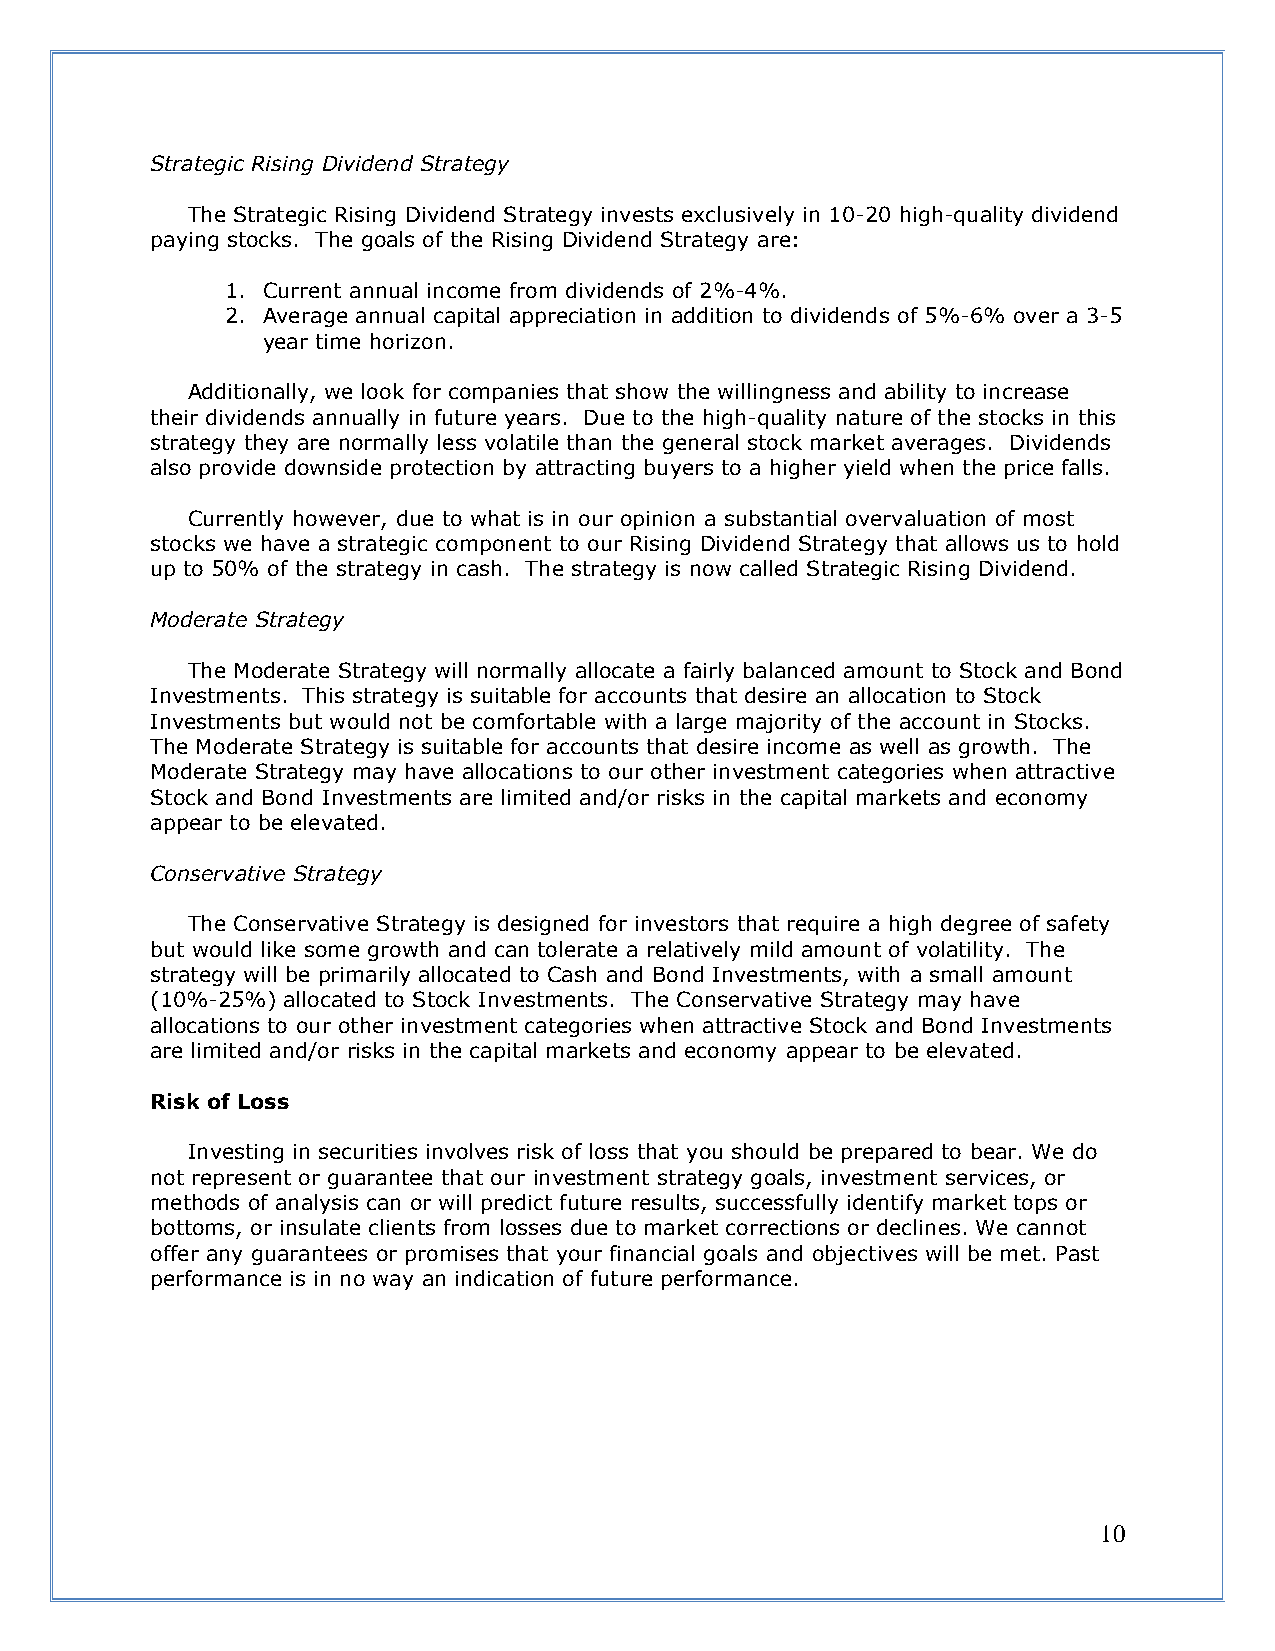
Strategic Rising Dividend Strategy
 The Strategic Rising Dividend Strategy invests exclusively in 10-20 high-quality dividend
 paying stocks. The goals of the Rising Dividend Strategy are:
 1. Current annual income from dividends of 2%-4%.
 2. Average annual capital appreciation in addition to dividends of 5%-6% over a 3-5
 year time horizon.
 Additionally, we look for companies that show the willingness and ability to increase
 their dividends annually in future years. Due to the high-quality nature of the stocks in this
 strategy they are normally less volatile than the general stock market averages. Dividends
 also provide downside protection by attracting buyers to a higher yield when the price falls.
 Currently however, due to what is in our opinion a substantial overvaluation of most
 stocks we have a strategic component to our Rising Dividend Strategy that allows us to hold
 up to 50% of the strategy in cash. The strategy is now called Strategic Rising Dividend.
 Moderate Strategy
 The Moderate Strategy will normally allocate a fairly balanced amount to Stock and Bond
 Investments. This strategy is suitable for accounts that desire an allocation to Stock
 Investments but would not be comfortable with a large majority of the account in Stocks.
 The Moderate Strategy is suitable for accounts that desire income as well as growth. The
 Moderate Strategy may have allocations to our other investment categories when attractive
 Stock and Bond Investments are limited and/or risks in the capital markets and economy
 appear to be elevated.
 Conservative Strategy
 The Conservative Strategy is designed for investors that require a high degree of safety
 but would like some growth and can tolerate a relatively mild amount of volatility. The
 strategy will be primarily allocated to Cash and Bond Investments, with a small amount
 (10%-25%) allocated to Stock Investments. The Conservative Strategy may have
 allocations to our other investment categories when attractive Stock and Bond Investments
 are limited and/or risks in the capital markets and economy appear to be elevated.
 Risk of Loss
 Investing in securities involves risk of loss that you should be prepared to bear. We do
 not represent or guarantee that our investment strategy goals, investment services, or
 methods of analysis can or will predict future results, successfully identify market tops or
 bottoms, or insulate clients from losses due to market corrections or declines. We cannot
 offer any guarantees or promises that your financial goals and objectives will be met. Past
 performance is in no way an indication of future performance.
 10